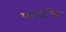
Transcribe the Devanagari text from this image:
पटवांचे